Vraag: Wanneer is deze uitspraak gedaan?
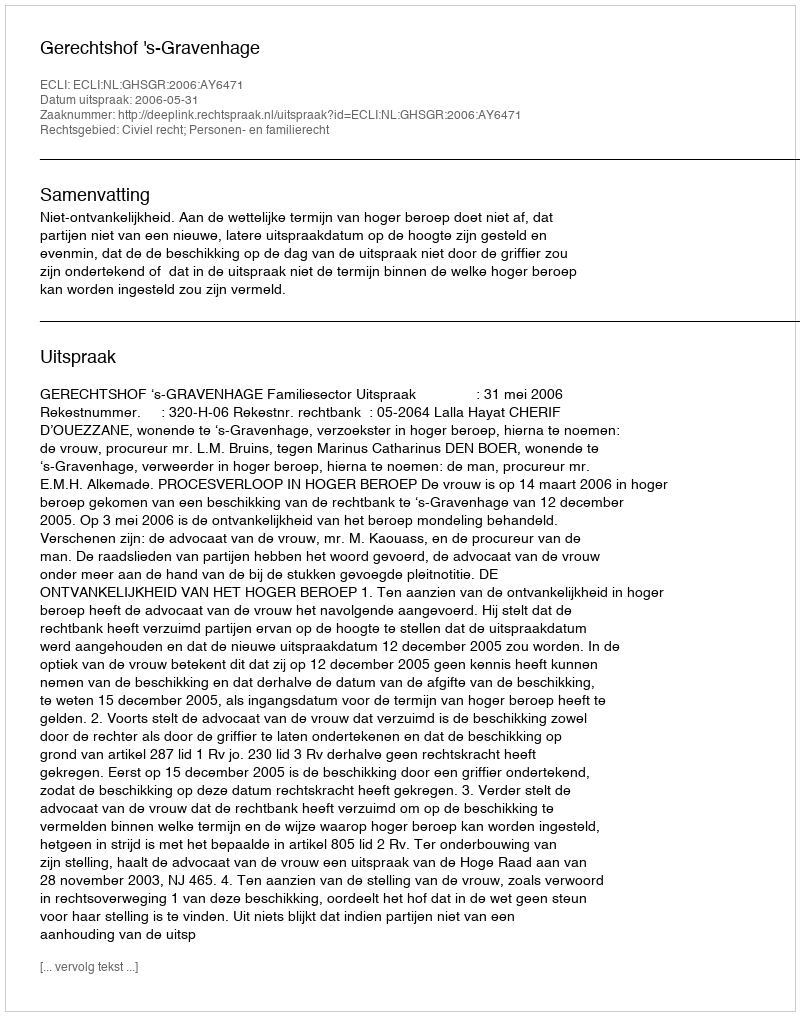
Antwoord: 2006-05-31